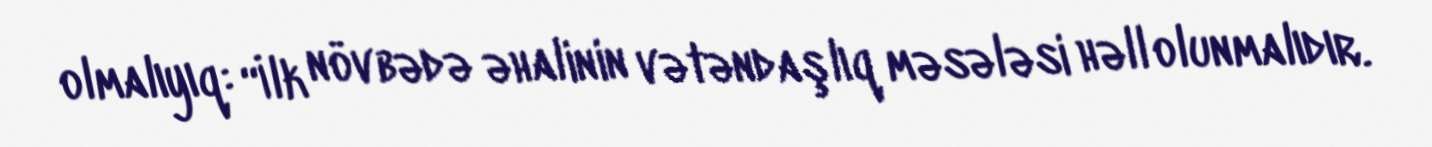
olmalıyıq: “İlk növbədə əhalinin vətəndaşlıq məsələsi həll olunmalıdır.